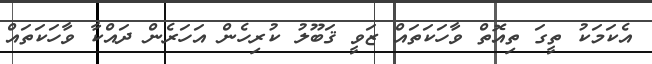
އެކަމަކު ތީގަ ތިއޮތް ވާހަކަތައް ޒަވީ ޤަބޫލު ކުރިހެން އަހަރެން ދައްކާ ވާހަކަތައް